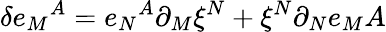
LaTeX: \delta e_{M}{}^{A}=e_{N}{}^{A}\partial_{M}\xi^{N}+\xi^{N}\partial_{N}e_{M}{A}